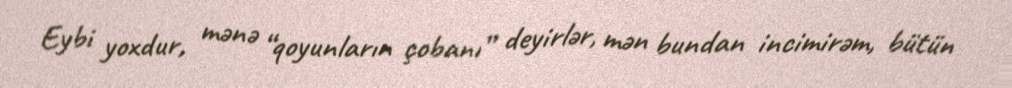
Eybi yoxdur, mənə “qoyunların çobanı” deyirlər, mən bundan incimirəm, bütün